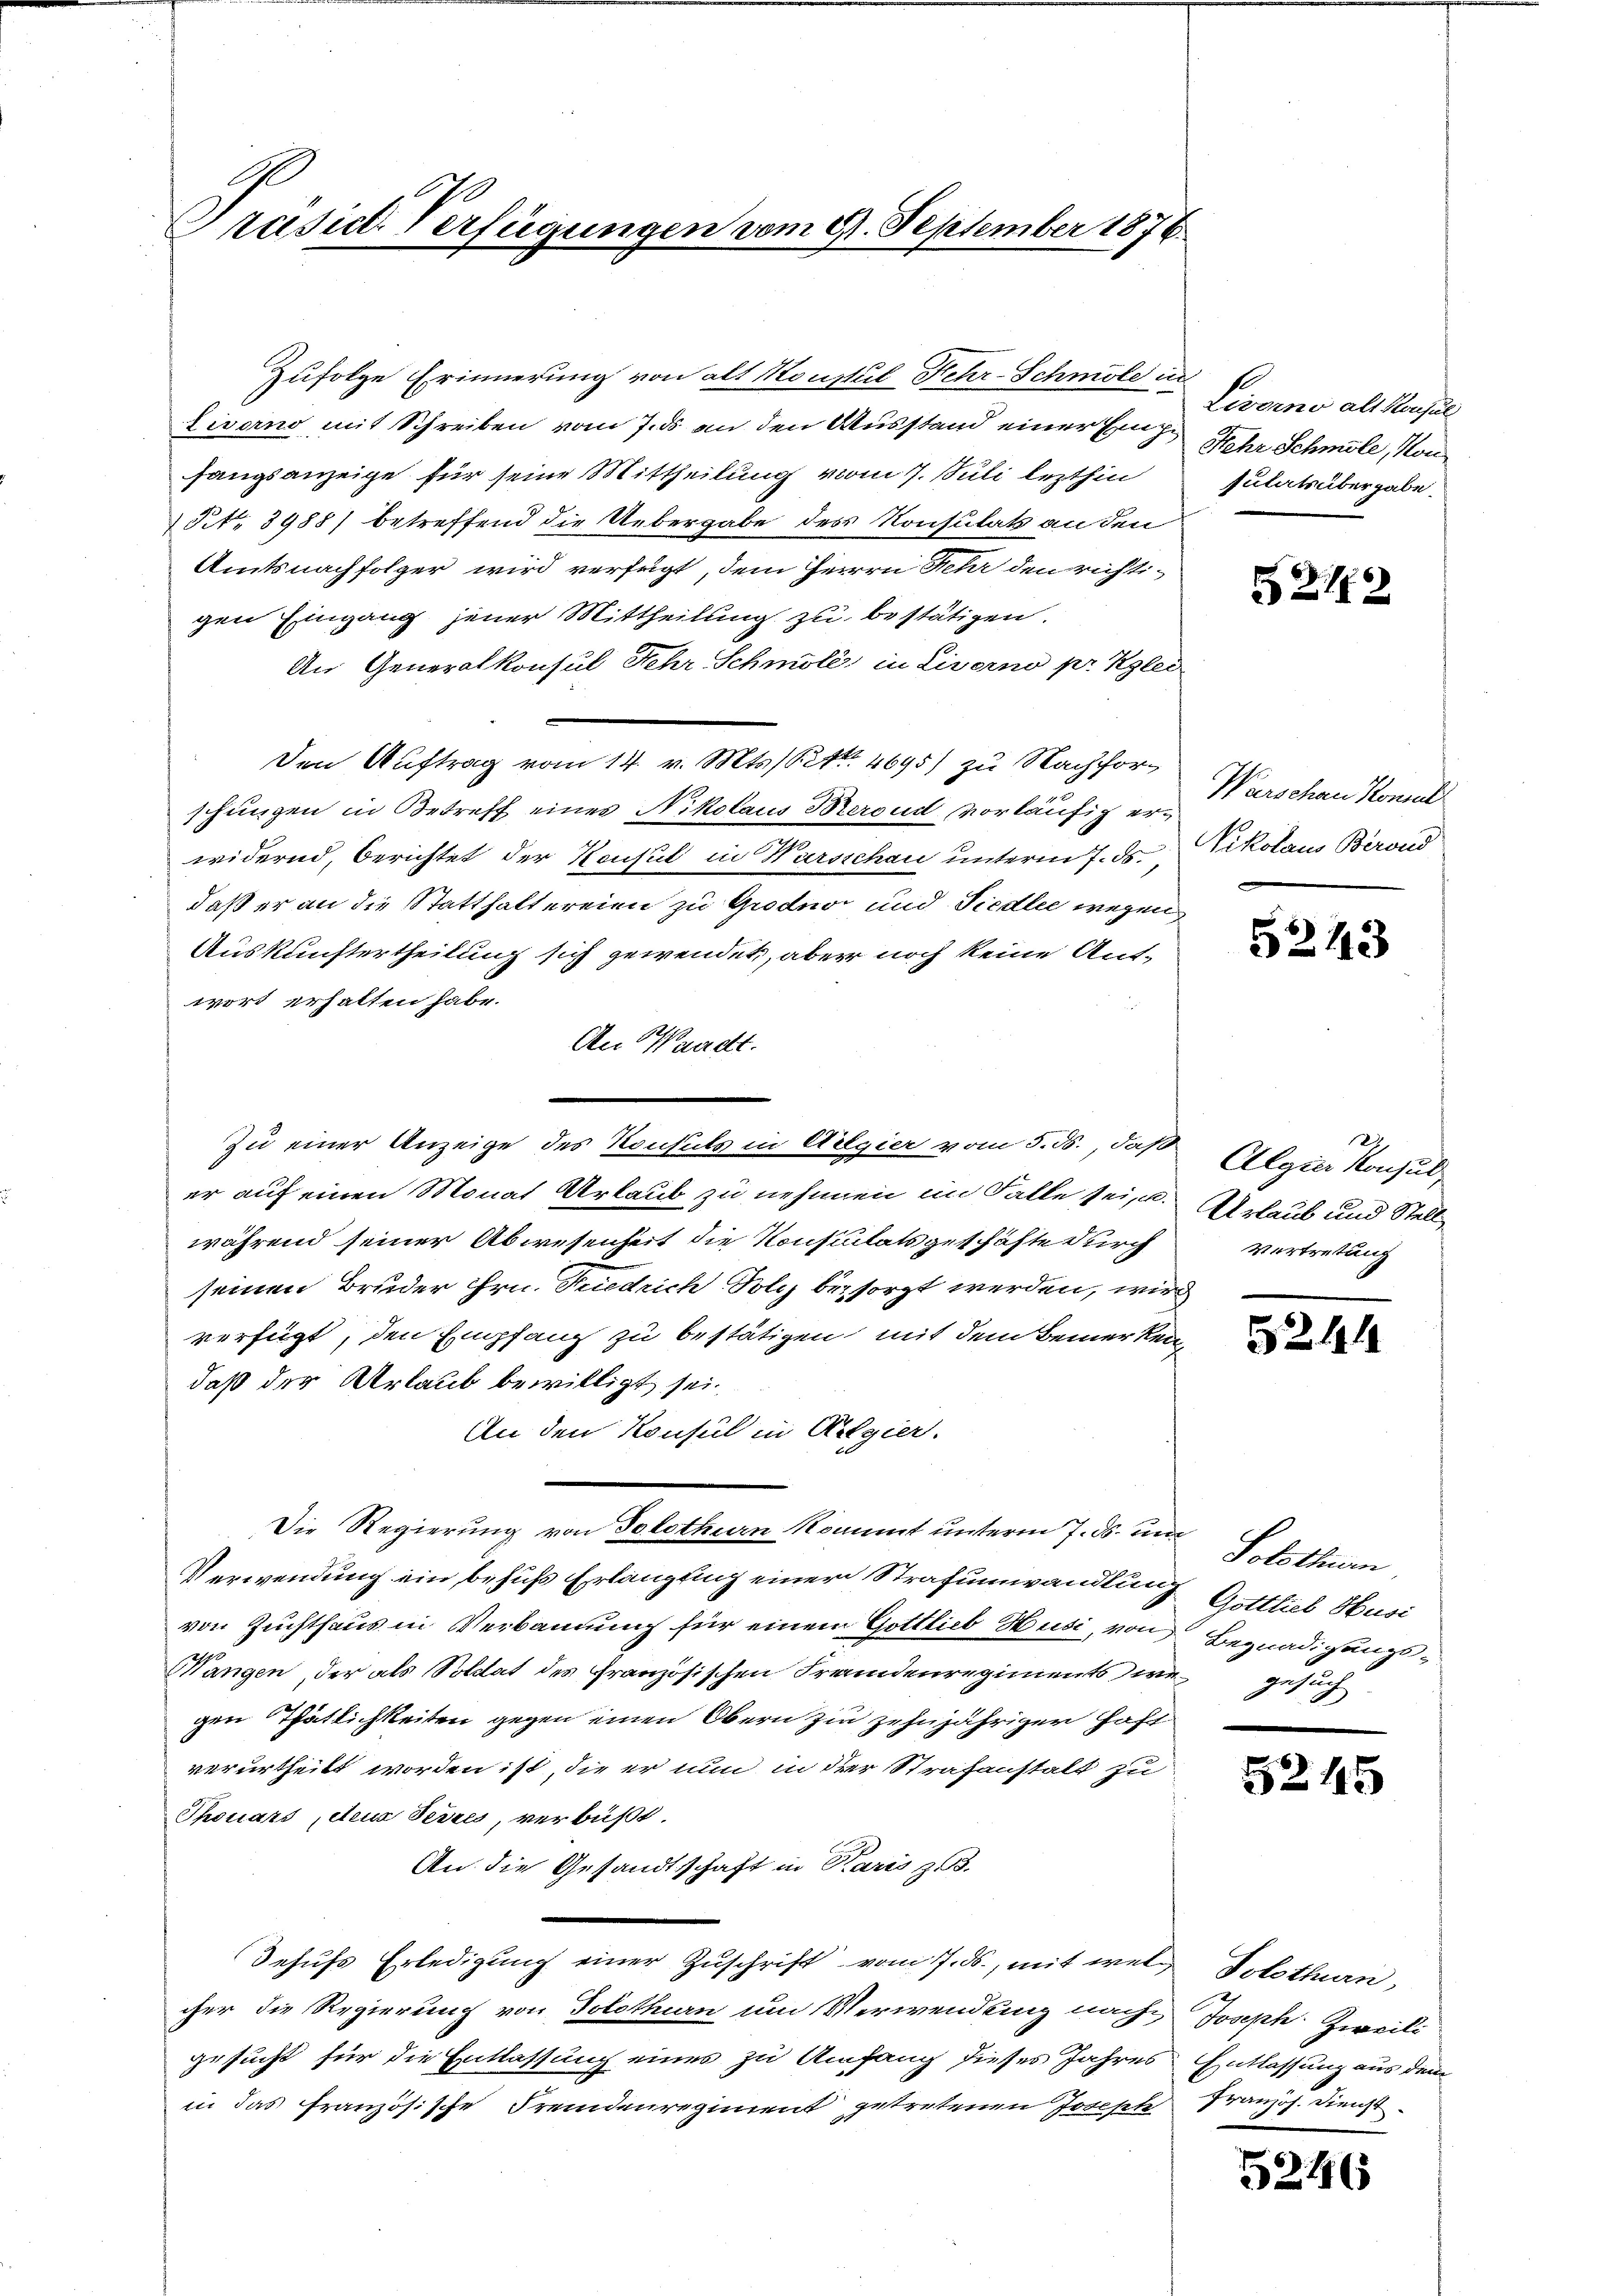
Ge
Präsid. Verfügungen vom 21. September 1876.

Zufolge Erinnerung von alt Konsul Fehr-Schmöld u
Livorno mit Schreiben vom 7. ds an den Ausstand einer Einhe
fangsanzeige für seine Mittheilung vom 7. Juli lezthin
 NNo. 3988) betreffend die Uebergabe des Konsulats an den
Amtsnachfolger wird verfügt, dem Herrn Sehr den richtigen Eingang jener Mittheilung zu bestätigen.
An Generalkonsul Sehr Schmöll, in Livorno pr. Kgler
Den Auftrag vom 14. v. Mts. S. 4695) zu Nachforschungen in Betreff eines Nikolaus Berond vorläufig erwidernd, Berichtet der Konsul in Wursschau unterm 7. ds.
daß er an die Statthaltereien zu Grodno und Siedler wegen,
Auskunftertheilung sich gewendet, aber noch keine Antwort erhalten habe.
An Waadt.
Zu einer Anzeige des Konsuls in Helgier vom 5. ds., daß
er auf einen Monat Urlaub zu nehmen im Falle sei, u. Urlaub und Stellwährend seiner Abwesenheit die Konsulats geschäfte durch
seinen Bruder Hrn. Friedrich Poliz bei sorgt werden, wie
verfügt, den Empfang zu bestätigen mit dem Bemerken
daß der Urlaub bewilligt sei.
An den Konsul in Algier.
Die Regierung von Solothurn kommt unterm 7. ds. unt
Verwendung ein behufs Erlangung einer Strafumwandlung Gottlieb Husi
von Zuchthaus in Verbannung für einem Gottlieb Hudi, von Begnadigungs¬
Wangen, der als Soldat des Französischen Freundenregiments die Gesuch
gen Thätlichkeiten gegen einen Obern zu zehnjährigen haft
verurtheilt worden ist, die er nun in der Strafanstalt zu
Thouars, deus Tesses, verbüßt.
An die Gesandtschaft in Karis zu.
Behufs Erledigung einer Zuschrift vom 7. ds., mit wel¬ Solothurn,
cher die Regierung von Solothurn um Verwendung nach Joseph Zweiti
gesucht für die Entlassung eines zu Anfang dieses Jahres
in das französische Fremdenregiment getretenen Josepte

i
Lieno alles
Hehr Schmöle, Kon
sulatsübergabe

f

5212

Warschen Komit
Vikolaus Berond

5243

122
Algier Konsul
Vertretung

5241

Solothurn

5245

Entlassung aus dem
Französ. Dienst

5246